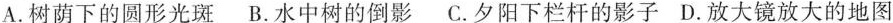
A.树荫下的圆形光斑B.水中树的倒影C.夕阳下栏杆的影子D.放大镜放大的地图